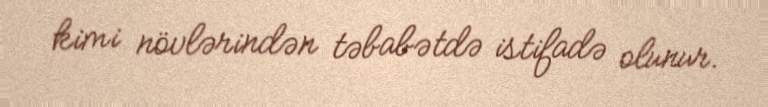
kimi növlərindən təbabətdə istifadə olunur.